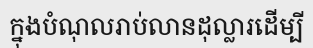
ក្នុងបំណុលរាប់លានដុល្លារដើម្បី